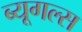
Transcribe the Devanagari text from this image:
ब्यूगल्स